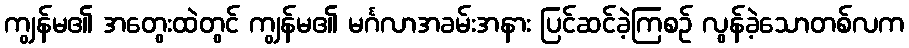
ကျွန်မ၏ အတွေးထဲတွင် ကျွန်မ၏ မင်္ဂလာအခမ်းအနား ပြင်ဆင်ခဲ့ကြစဉ် လွန်ခဲ့သောတစ်လက